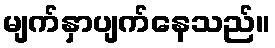
မျက်နှာပျက်နေသည်။